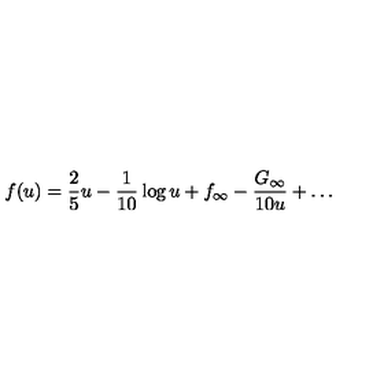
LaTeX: f ( u ) = \frac { 2 } { 5 } u - \frac { 1 } { 1 0 } \log u + f _ { \infty } - \frac { G _ { \infty } } { 1 0 u } + \ldots